Report on the cultivation and use of ganja
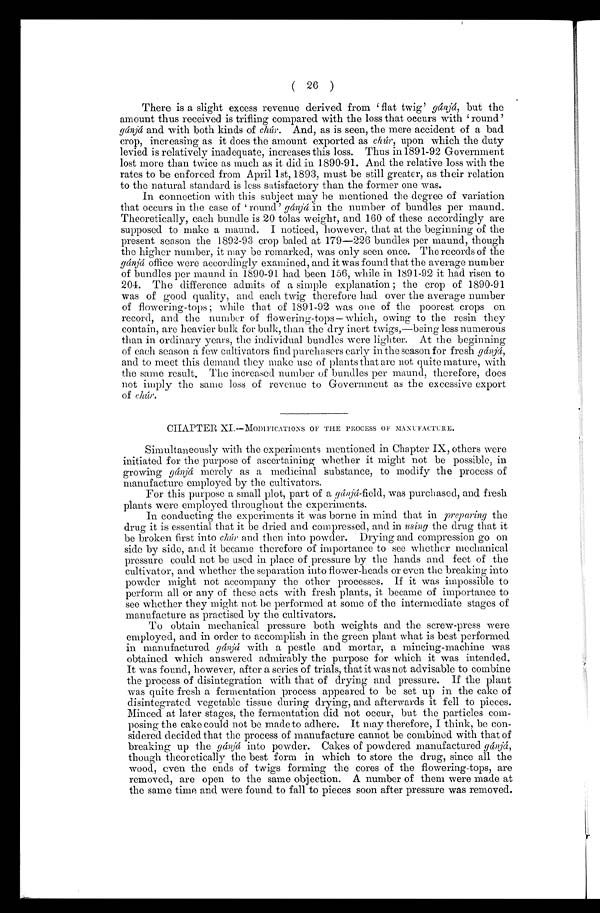
( 26 )
There is a slight excess revenue derived from 'flat twig' gánj á, b u t t h e
amount thus received is trifling compared with the loss that occurs with 'round'
gánjá and with both kinds of chúr. And, as is seen, the mere accident of a bad
crop, increasing as it does the amount exported as chúr, upon which the duty
levied is relatively inadequate, increases this loss. Thus in 1891-92 Government
lost more than twice as much as it did in 1890-91. And the relative loss with the
rates to be enforced from April 1st, 1893, must be still greater, as their relation
to the natural standard is less satisfactory than the former one was.
In connection with this subject may be mentioned the degree of variation
that occurs in the case of 'round' gánjá in the number of bundles per maund.
Theoretically, each bundle is 20 tolas weight, and 160 of these accordingly are
supposed to make a maund. I noticed, however, that at the beginning of the
present season the 1892-93 crop baled at 179-226 bundles per maund, though
the higher number, it may be remarked, was only seen once. The records of the
gánjáo f f i c e w e r e a c c o r d i n g l y e x a m i n e d , a n d i t w a s f o u n d t h a t t h e a v e r a g e n u m b e r
of bundles per maund in 1890-91 had been 156, while in 1891-92 it had risen to
204. The difference admits of a simple explanation; the crop of 1890-91
was of good quality, and each twig therefore had over the average number
of flowering-tops; while that of 1891-92 was one of the poorest crops on
record, and the number of flowering-tops — which, owing to the resin they
contain, arc heavier bulk for bulk, than the dry inert twigs,—being less numerous
than in ordinary years, the individual bundles were lighter. At the beginning
of each season a few cultivators find purchasers early in the season for fresh gá njá,
and to meet this demand they make use of plants that are not quite mature, with
the same result. The increased number of bundles per maund, therefore, does
not imply the same loss of revenue to Government as the excessive export
of chúr.
CHAPTER XI.—MODIFICATIONS OF THE PROCESS OF MANUFACTURE.
Simultaneously with the experiments mentioned in Chapter IX, others were
initiated for the purpose of ascertaining whether it might not be possible, in
growing gánjám e r e l y a s a m e d i c i n a l s u b s t a n c e , t o m o d i f y t h e p r o c e s s o f
manufacture employed by the cultivators.
For this purpose a small plot, part of a gánjá-field, was purchased, and fresh
plants were employed throughout the experiments.
In conducting the experiments it was borne in mind that in preparing the
drug it is essential that it be dried and compressed, and in using the drug that it
be broken first into chúr and then into powder. Drying and compression go on
side by side, and it became therefore of importance to see whether mechanical
pressure could not be used in place of pressure by the hands and feet of the
cultivator, and. whether the separation into flower-heads or even the breaking into
powder might not accompany the other processes. If it was impossible to
perform all or any of these acts with fresh plants, it became of importance to
see whether they might not be performed at some of the intermediate stages of
manufacture as practised by the cultivators.
To obtain mechanical pressure both weights and the screw-press were
employed, and in order to accomplish in the green plant what is best performed
in manufactured gánjá with a pestle and mortar, a mincing-machine was
obtained which answered admirably the purpose for which it was intended.
It was found, however, after a series of trials, that it was not advisable to combine
the process of disintegration with that of drying and pressure. If the plant
was quite fresh a fermentation process appeared to be set up in the cake of
disintegrated vegetable tissue during drying, and afterwards it fell to pieces.
Minced at later stages, the fermentation did not occur, but the particles com-
posing the cake could not be made to adhere. It may therefore, I think, be con-
sidered decided that the process of manufacture cannot be combined with that of
breaking up the gánjá into powder. Cakes of powdered manufactured gánjá,
though theoretically the best form in which to store the drug, since all the
wood, even the ends of twigs forming the cores of the flowering-tops, are
removed, are open to the same objection. A number of them were made at
the same time and were found to fall to pieces soon after pressure was removed.